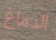
الدماغ